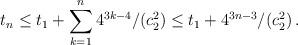
LaTeX: \begin{align*}t_n\le t_1+\sum_{k=1}^n 4^{3k-4}/( c^2_2)\le t_1+4^{3n-3}/(c^2_2)\,.\end{align*}